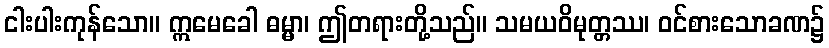
ငါးပါးကုန်သော။ ဣမေခေါ ဓမ္မာ၊ ဤတရားတို့သည်။ သမယဝိမုတ္တဿ၊ ဝင်စားသောခဏ၌